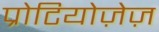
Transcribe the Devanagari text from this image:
प्रोटियोज़ेज़